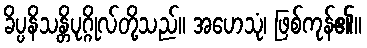
ခိပ္ပနိသန္တိပုဂ္ဂိုလ်တို့သည်။ အဟေသုံ၊ ဖြစ်ကုန်၏။